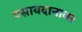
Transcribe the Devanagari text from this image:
पसायदानावर